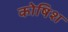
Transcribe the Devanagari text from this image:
कोषिश